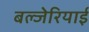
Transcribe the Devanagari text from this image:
बल्जेरियाई